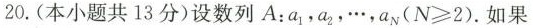
20.(本小题共13分)设数列A:a_{1}，a_{2}，,a_{n}($$N\geq 2$$).如果